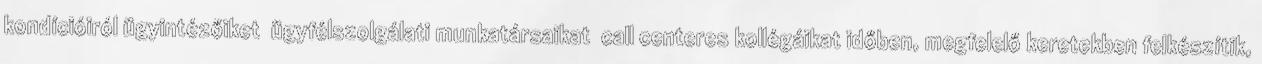
kondícióiról ügyintézőiket ügyfélszolgálati munkatársaikat call centeres kollégáikat időben, megfelelő keretekben felkészítik,